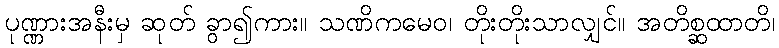
ပုဏ္ဏားအနီးမှ ဆုတ် ခွာ၍ကား။ သဏိကမေဝ၊ တိုးတိုးသာလျှင်။ အတိစ္ဆထာတိ၊